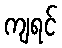
ကျရင်